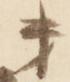
第